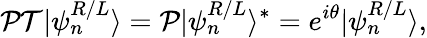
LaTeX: \mathcal{PT}|\psi_{n}^{R/L}\rangle=\mathcal{P}|\psi_{n}^{R/L}\rangle^{\ast}=e^{i\theta}|\psi_{n}^{R/L}\rangle,